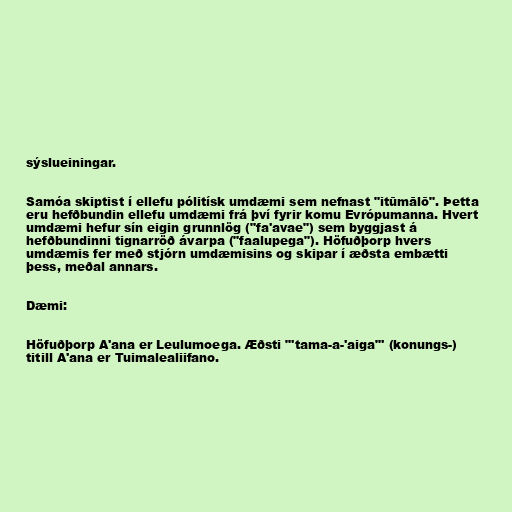
sýslueiningar.

Samóa skiptist í ellefu pólitísk umdæmi sem nefnast "itūmālō". Þetta
eru hefðbundin ellefu umdæmi frá því fyrir komu Evrópumanna. Hvert
umdæmi hefur sín eigin grunnlög ("fa'avae") sem byggjast á
hefðbundinni tignarröð ávarpa ("faalupega"). Höfuðþorp hvers
umdæmis fer með stjórn umdæmisins og skipar í æðsta embætti
þess, meðal annars.

Dæmi:

Höfuðþorp A'ana er Leulumoega. Æðsti "'tama-a-'aiga"' (konungs-)
titill A'ana er Tuimalealiifano.